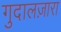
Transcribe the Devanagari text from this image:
गुदालज़ारा